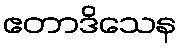
ဧတာဒိသေန